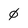
Character: 0